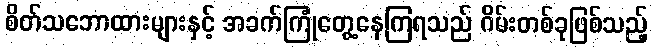
စိတ်သဘောထားများနှင့် အခက်ကြုံတွေ့နေကြရသည် ဂိမ်းတစ်ခုဖြစ်သည့်